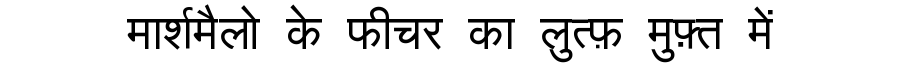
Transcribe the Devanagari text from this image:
मार्शमैलो के फीचर का लुत्फ़ मुफ़्त में